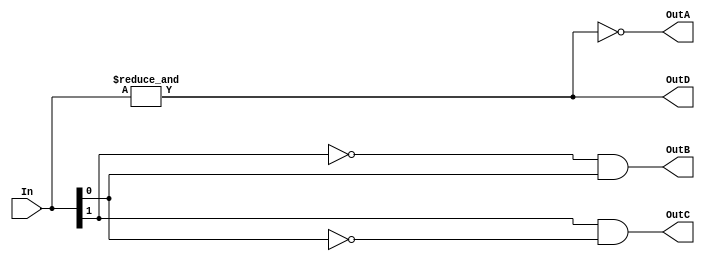

module decoder2to4(In, OutA, OutB, OutC, OutD);
    input [1:0] In;
    output OutA, OutB, OutC, OutD;

    assign OutA = ~(&In);
    assign OutB = ~In[1] & In[0];
    assign OutC = In[1] & ~In[0];
    assign OutD = &In;
endmodule